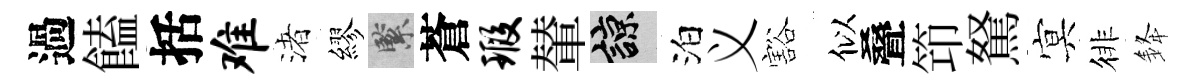
過饁括难渚繆緊蒼瑕輦諒泊义豁似叠笻駑㝠徘𨦟